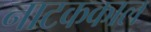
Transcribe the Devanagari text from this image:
नाटककाल